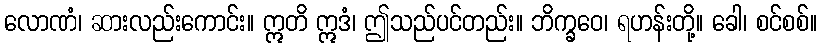
လောဏံ၊ ဆားလည်းကောင်း။ ဣတိ ဣဒံ၊ ဤသည်ပင်တည်း။ ဘိက္ခဝေ၊ ရဟန်းတို့။ ခေါ၊ စင်စစ်။